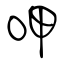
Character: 呷